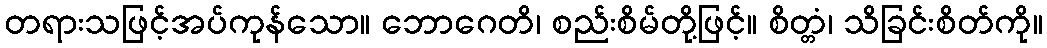
တရားသဖြင့်အပ်ကုန်သော။ ဘောဂေတိ၊ စည်းစိမ်တို့ဖြင့်။ စိတ္တံ၊ သိခြင်းစိတ်ကို။